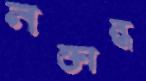
নক্তান্ধ